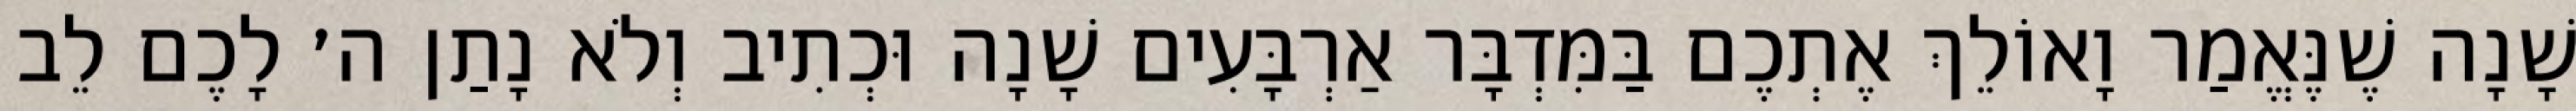
שָׁנָה שֶׁנֶּאֱמַר וָאוֹלֵךְ אֶתְכֶם בַּמִּדְבָּר אַרְבָּעִים שָׁנָה וּכְתִיב וְלֹא נָתַן ה׳ לָכֶם לֵב